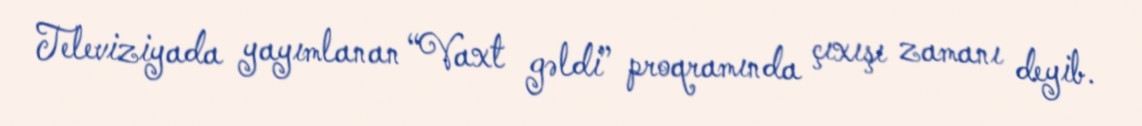
Televiziyada yayımlanan “Vaxt gəldi” proqramında çıxışı zamanı deyib.